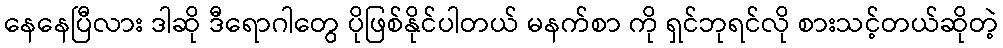
နေနေပြီလား ဒါဆို ဒီရောဂါတွေ ပိုဖြစ်နိုင်ပါတယ် မနက်စာ ကို ရှင်ဘုရင်လို စားသင့်တယ်ဆိုတဲ့